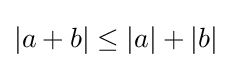
|a+b|\leq |a|+|b|